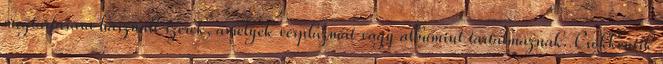
megtartására használt szerek, amelyek vérplazmát vagy albumint tartalmaznak. Csökkentik